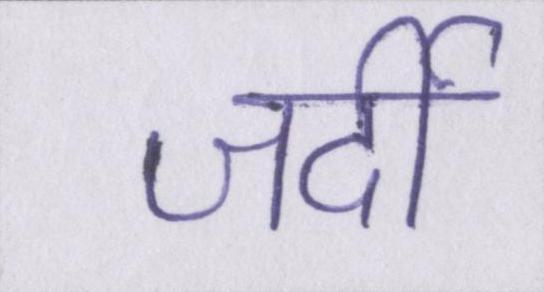
जर्दी